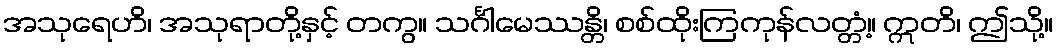
အသုရေဟိ၊ အသုရာတို့နှင့် တကွ။ သင်္ဂါမေဿန္တိ၊ စစ်ထိုးကြကုန်လတ္တံ့။ ဣတိ၊ ဤသို့။